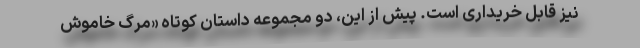
نیز قابل خریداری است. پیش از این، دو مجموعه داستان کوتاه «مرگ خاموش